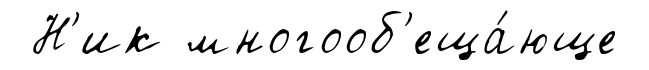
Н'ик многооб'еща́юще